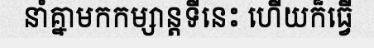
នាំគ្នាមកកម្សាន្តទីនេះ ហើយក៏ធ្វើ